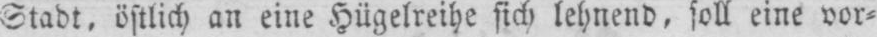
Stadt, östlich an eine Hügelreihe sich lehnend, soll eine vor⸗